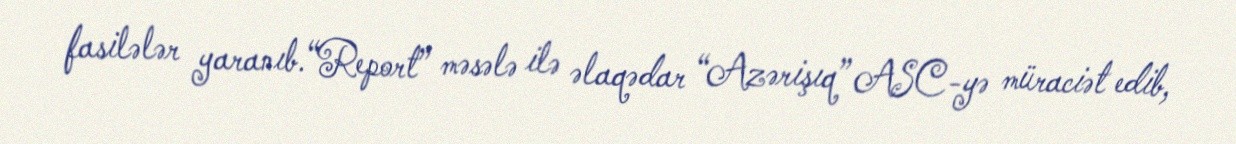
fasilələr yaranıb.“Report” məsələ ilə əlaqədar “Azərişıq” ASC-yə müraciət edib,